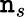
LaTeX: \mathtt{n}_{s}